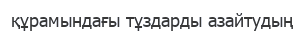
құрамындағы тұздарды азайтудың